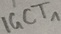
Text: IGCT1